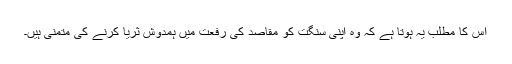
اس کا مطلب یہ ہوتا ہے کہ وہ اپنی سنگت کو مقاصد کی رفعت میں ہمدوش ثریا کرنے کی متمنی ہیں۔